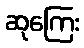
ဆုကြေး